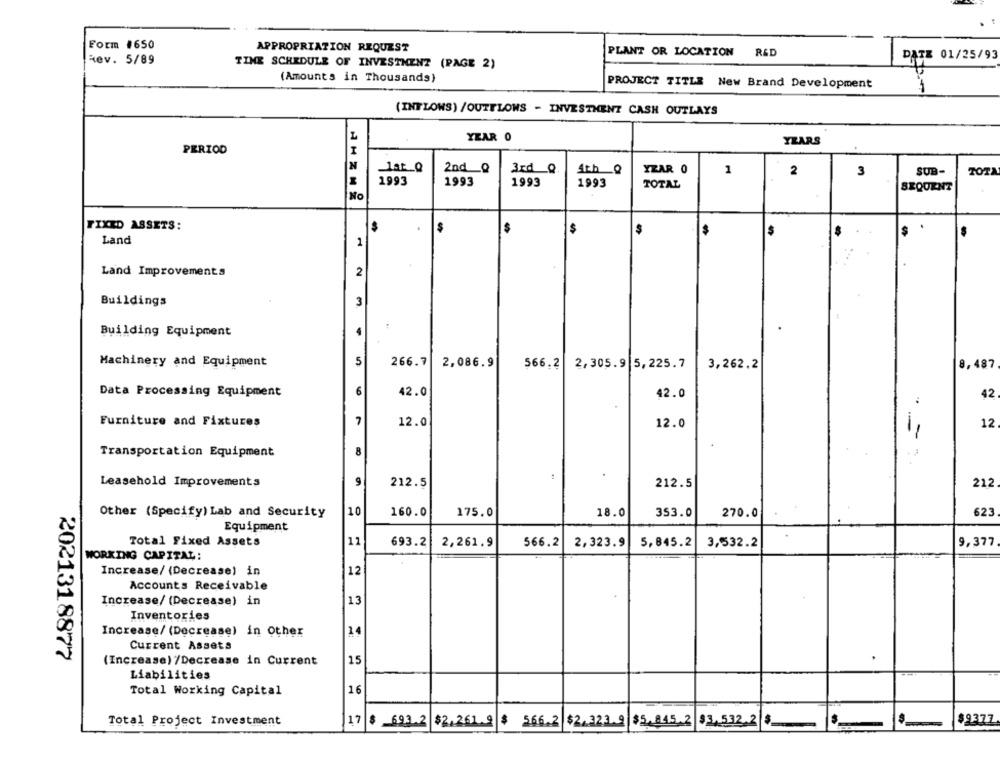
Form 1650
APPROPRIATION REQUEST
PLANT OR LOCATION
R&D
Rev. 5/89
DATE 01/25/93
TIME SCHEDULE OF INVESTMENT (PAGE 2)
(Amounts in Thousands)
PROJECT TITLE New Brand Development
(INTLOWS) /OUTFLOWS - INVESTMENT CASH OUTLAYS
YEAR 0
YEARS
PERIOD
I
N
2nd_Q
YZAR 0
1a Q
3rd Q
4th __ Q
1
2
3
SUB-
TOTA
1993
1993
1993
1993
TOTAL
SEQUENT
No
FIXED ASSETS:
$
$
S
Land
1
Land Improvements
2
Buildings
3
Building Equipment
4
Machinery and Equipment
5
266.7
2,086.9
566.2
2,305.9 5,225.7
3,262.2
8,487
6
Data Processing Equipment
42.0
42.0
42
7
Furniture and Fixtures
12.0
12.0
12
8
Transportation Equipment
9
Leasehold Improvements
212.5
212.5
212
10
160.0
18.0
623
Other (Specify) Lab and Security
175.0
353.0
270.0
Equipment
Total Fixed Assets
11
693.2
566.2
2,323.9
5,845.2
9,377
2,261.9
3,532.2
WORKING CAPITAL:
Increase/ (Decrease) in
12
Accounts Receivable
Increase/ (Decrease) in
13
Inventories
Increase/ (Decrease) in Other
14
Current Assets
2021318877
(Increase) /Decrease in Current
15
Liabilities
Total Working Capital
16
Total Project Investment
17
$ 693.2
$2.261.9
$
5.66.2
$2.323.9
$5.845.2 $3.532.2 5
$.
$9377